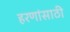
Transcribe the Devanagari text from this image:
हरणांसाठी